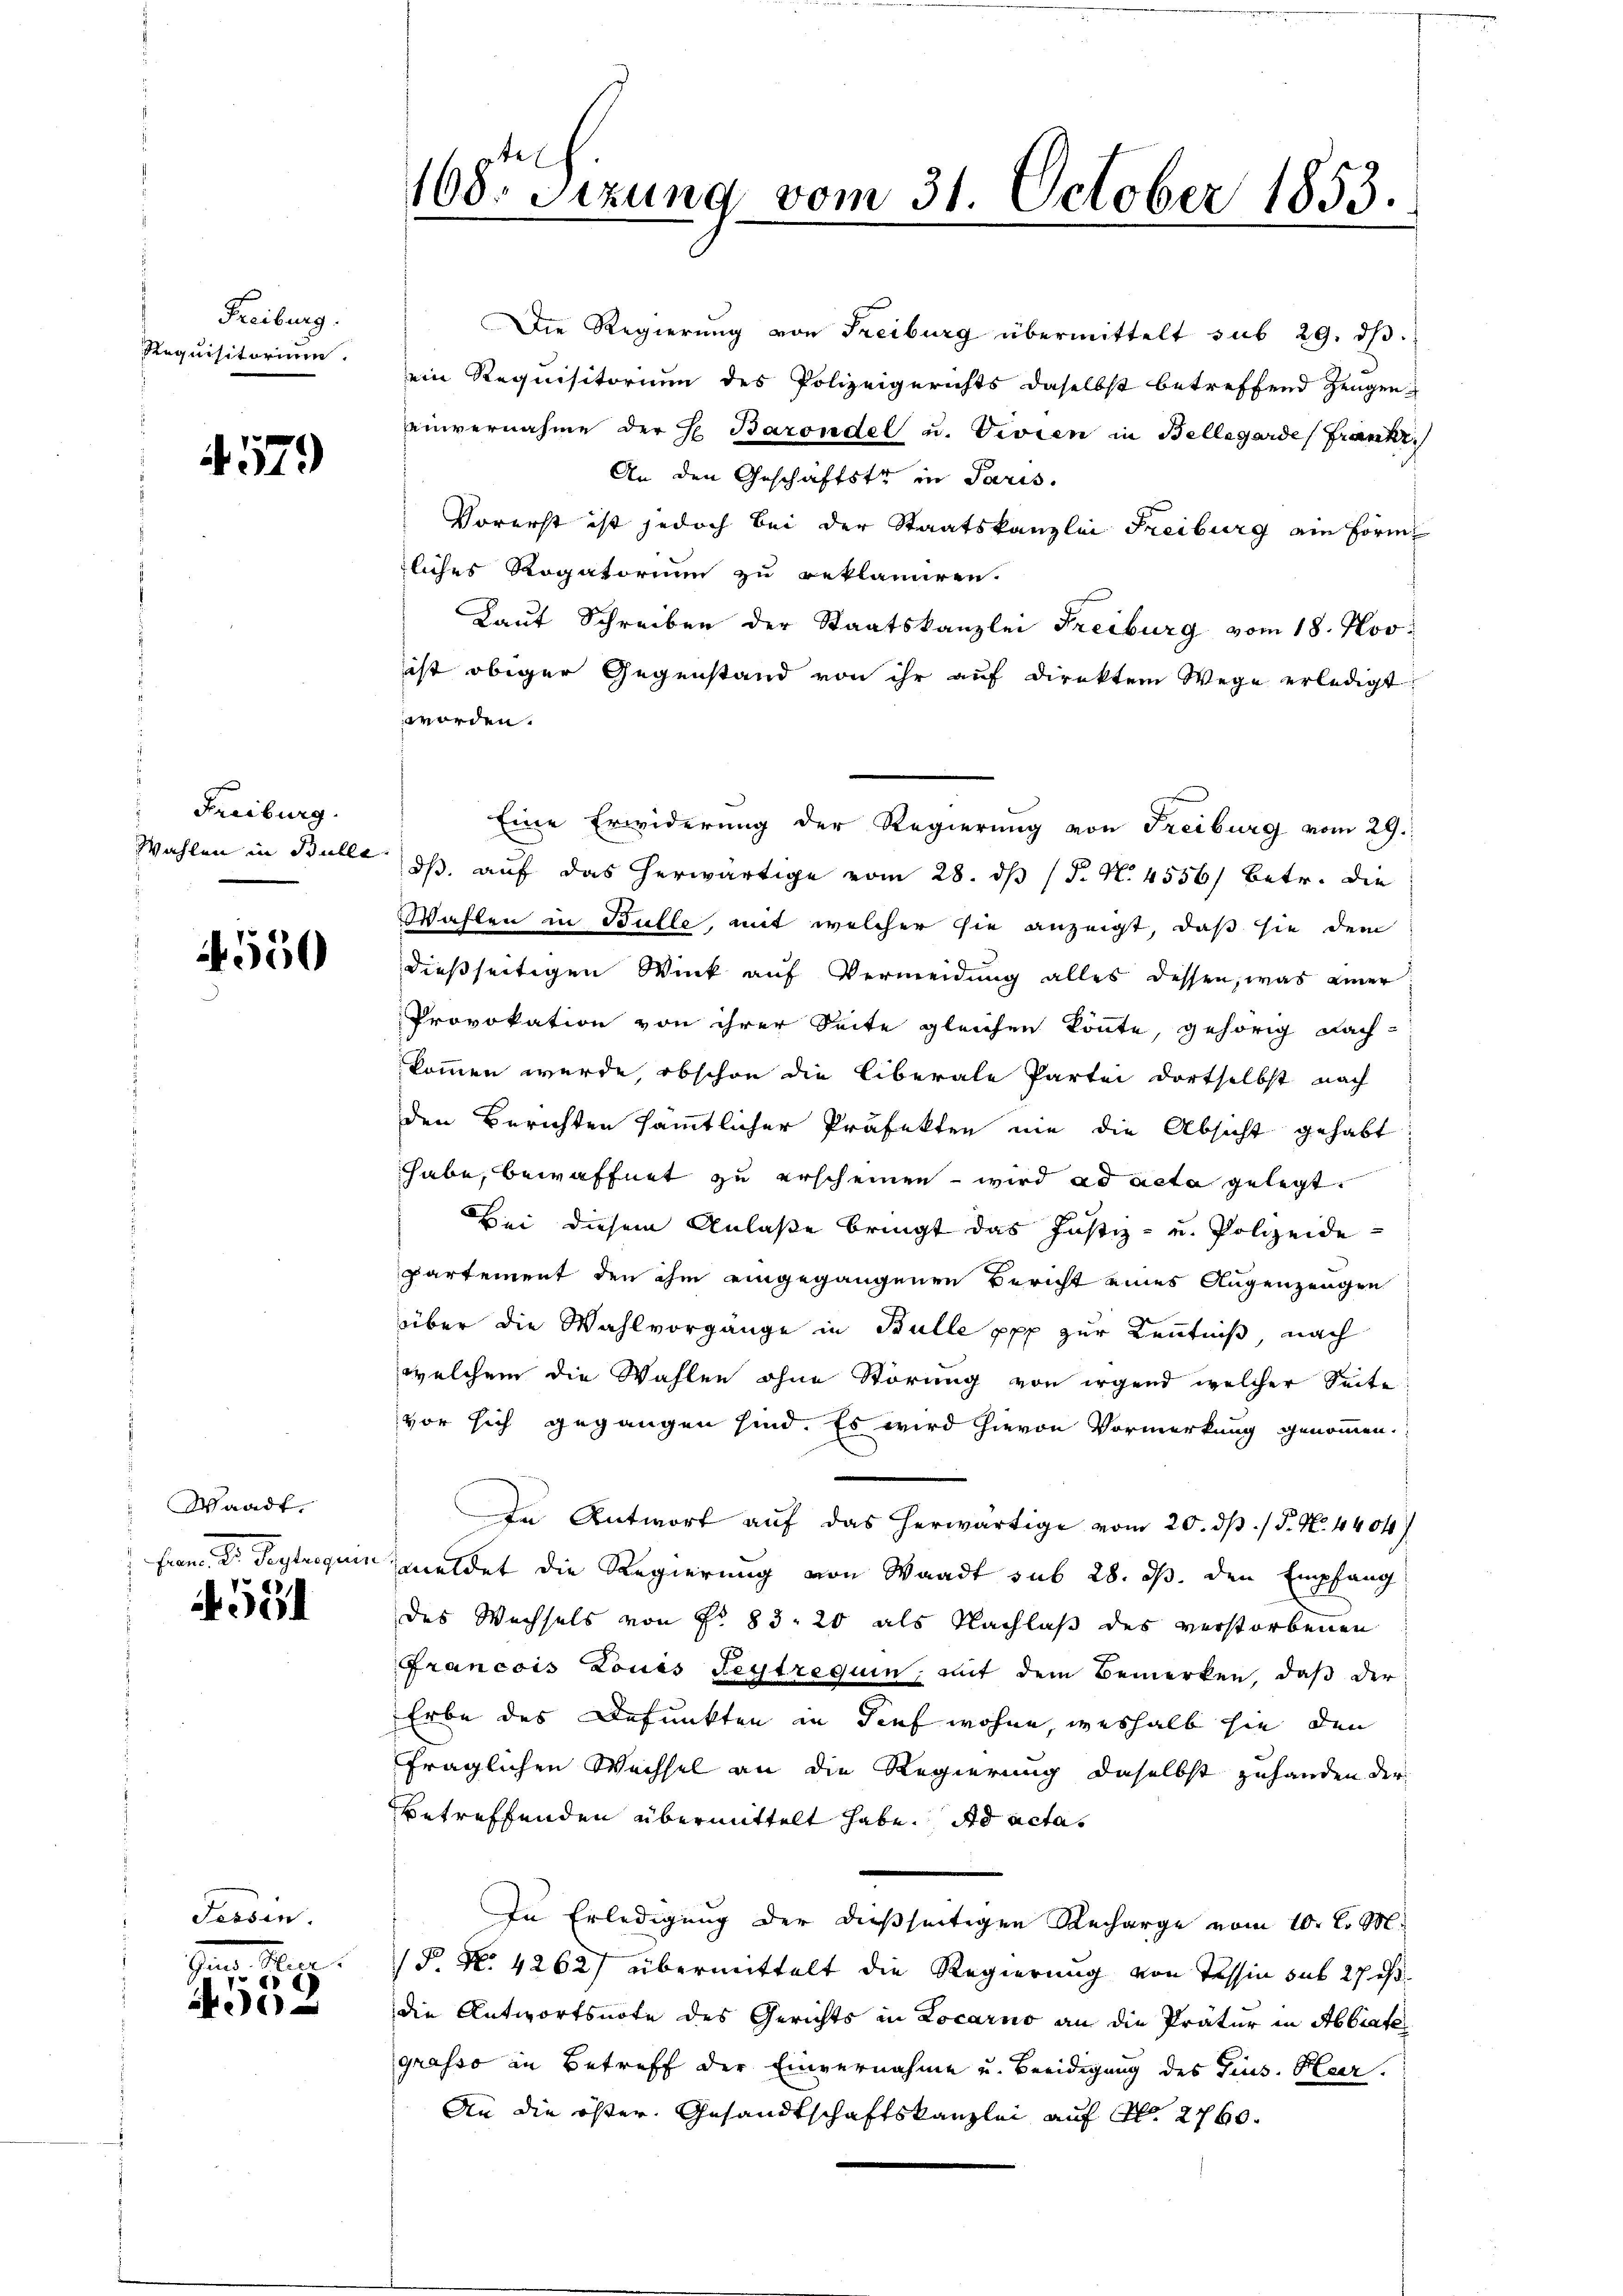
Freiburg.
Requisitorium.

G. 179

Freiburg.
Wahlen in Bulle

550

Waadt.
Form der Beylegun

531

Hier

i

108. Sizung vom 31. October 1853.

Die Regierung von Freiburg übermittelt sub 29. dβ.
ein Requisitorium des Polizeigerichts daselbst betreffend Zeugeneinvernahme der E. Barondel u. Vevien in Bellegarde (Frankr
An den Geschäftster in Paris.
Vorerst ist jedoch bei der Staatskanzlei Freiburg am Form
liches Rogatorium zu reklamiren.
Laut Schreiben der Staatskanzlei Freiburg vom 18. Nov.
ist obiger Gegenstand von ihr auf direktem Wege erledigt.
worden.
Eine Erwiderung der Regierung von Freiburg vom 29.
dβ. auf das herwärtige vom 28. dβ (§. N. 4556) betr. die
Wahlen in Bulle, mit welcher sie anzeigt, daß sie dem
dießseitigen Wink auf Vermeidung alles dessen, was einer
Provokation von ihrer Seite gleichen könte, gehörig Nachkommen wurde, obschon die liberale Partei dortselbst nach
den Berichten sämmtlicher Präfekten nie die Absicht gehabt
habe, bewaffnet zu erscheinen – wird ad acta gelegt.
Bei diesem Anlaße bringt das Justiz- und Polizeide-
partement den ihm eingegangenen Bericht eines Augenzeugen
über die Wahlvorgänge in Bulle ppf zur Kenntniß nach
welchem die Wahlen ohne Störung von irgend welcher Seite
vor sich gegangen sind. Es wird hievon Vormerkung genommen.
In Antwort auf das herwärtige vom 20. dβ / P. N. 4404)
meldet die Regierung von Waadt sub 28. ds. den Empfang
des Wechsels von Fr. 83. 20 als Nachlaß des verstorbenen
Francois Louis Beytrequin, mit dem Bemerken, daß der
Erbe des Defunkten in Tief wohne, weshalb sie den
fraglichen Wechsel an die Regierung daselbst zuhanden der
betreffenden übermittelt habe. ad actas
In Erledigung der dießseitigen Recharge vom 10. d. M.
P. N. 4262) übermittelt die Regierung von Tessin sub 27 s
die Antwortsnote des Gerichts in Locarno an die Pratur in Abbrate
grasso an Betreff der Einvernahme und Beeidigung des Fins. Her
An die öfter Gesandtschaftskanzlei auf S. 2760.